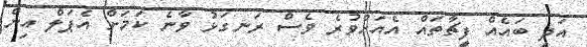
އަދި ބައެއް ފީޗާތައް އެއަށްވުރެ ވެސް ރަނގަޅު ވާނެ ކަމަށް އެޕަލް އިން